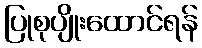
ပြုစုပျိုးထောင်ရန်